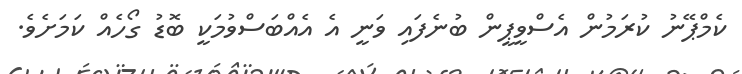
ކެމްޕޭނު ކުރަމުން އެސްވީޕީން ބުނެފައި ވަނީ އެ އެއްބަސްވުމަކީ ބޮޑު ގޯހެއް ކަމަށެވެ.